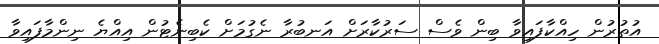
އުތުރުން ހިއްކާފައިވާ ބިން ވެސް ސަރުކާރަށް އަނބުރާ ނެގުމަށް ކެބިނެޓުން އިއްޔެ ނިންމާފައިވާ